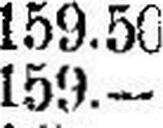
159.—